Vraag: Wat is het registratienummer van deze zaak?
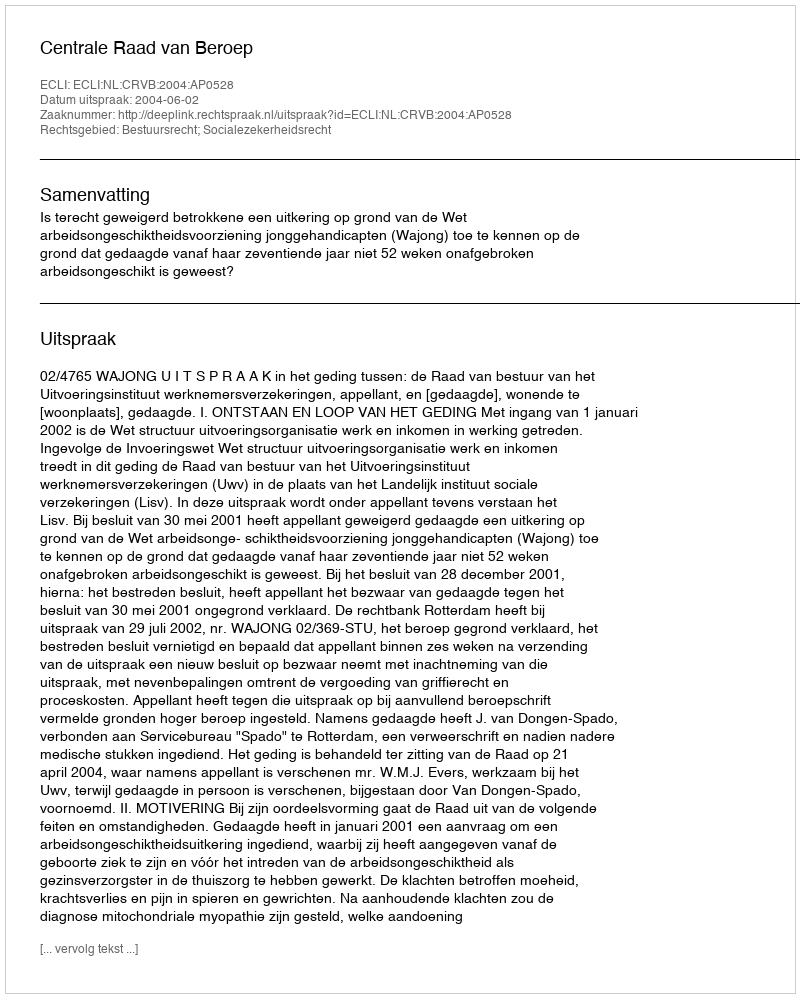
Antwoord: http://deeplink.rechtspraak.nl/uitspraak?id=ECLI:NL:CRVB:2004:AP0528